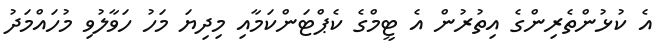
އެ ކުޅުންތެރިންގެ އިތުރުން އެ ޓީމްގެ ކެޕްޓަންކަމާއި މިދިޔަ މަހު ހަވާލުވި މުހައްމަދު